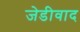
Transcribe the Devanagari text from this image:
जेडीवाद